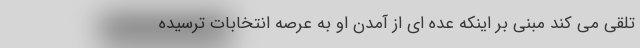
تلقی می کند مبنی بر اینکه عده ای از آمدن او به عرصه انتخابات ترسیده